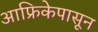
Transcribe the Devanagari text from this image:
आफ्रिकेपासून